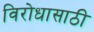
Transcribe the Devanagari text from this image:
विरोधासाठी